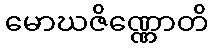
မောဃဇိဏ္ဏောတိ